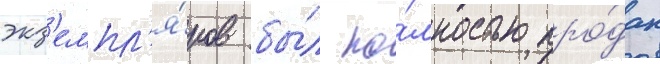
экз'емпл'я́ров бы́л по́лностью про́дан